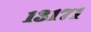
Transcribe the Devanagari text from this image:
१३१७१